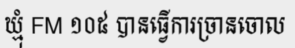
ឃ្មុំ FM ១០៥ បានធ្វើការច្រានចោល